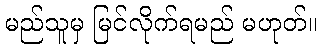
မည်သူမှ မြင်လိုက်ရမည် မဟုတ်။